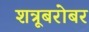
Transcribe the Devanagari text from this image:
शत्रूबरोबर